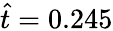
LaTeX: \hat{t}=0.245